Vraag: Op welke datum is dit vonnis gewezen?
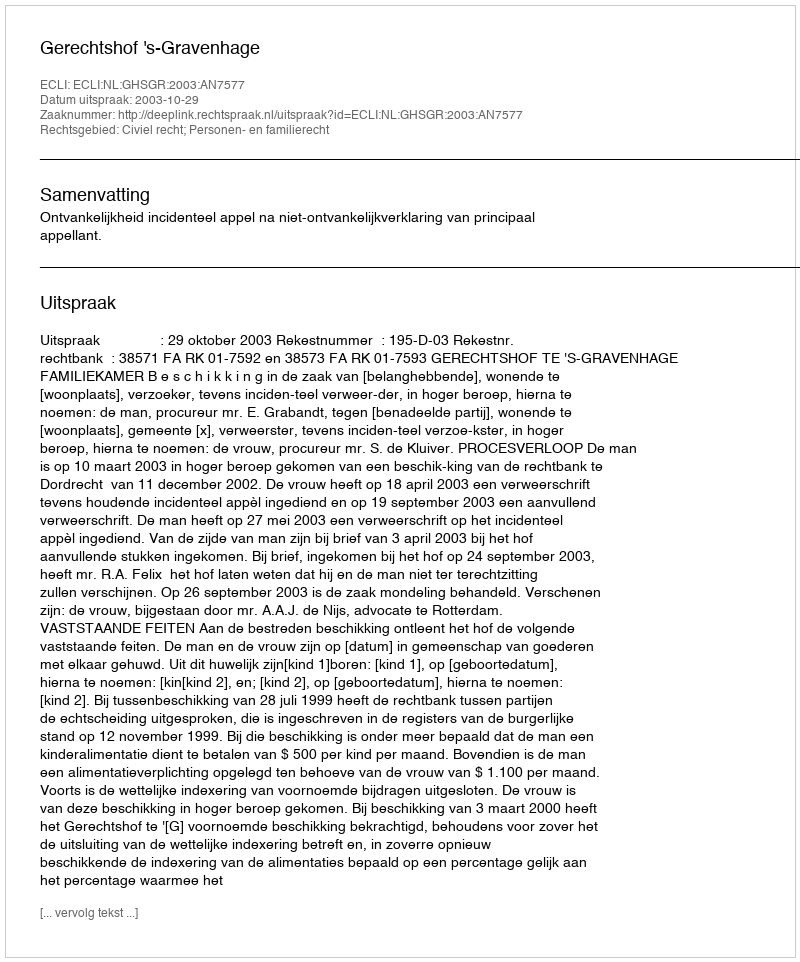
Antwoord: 2003-10-29